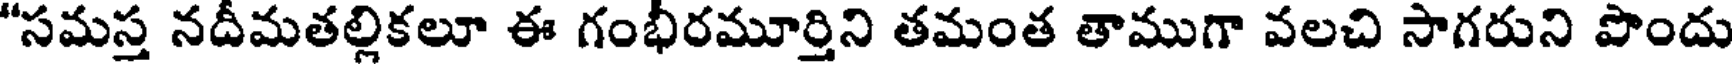
"సమస్త నదీమతల్లికలూ ఈ గంభీరమూర్తిని తమంత తాముగా వలచి సాగరుని పొందు